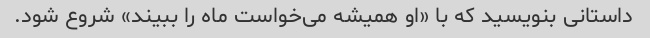
داستانی بنویسید که با «او همیشه می‌خواست ماه را ببیند» شروع شود.